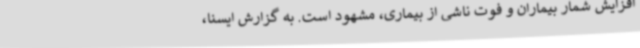
افزایش شمار بیماران و فوت ناشی از بیماری، مشهود است. به گزارش ایسنا،